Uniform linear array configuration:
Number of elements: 48
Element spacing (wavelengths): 0.75
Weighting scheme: cosine
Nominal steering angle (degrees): -30
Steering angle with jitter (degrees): -31.955
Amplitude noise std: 0.05
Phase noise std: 0.05

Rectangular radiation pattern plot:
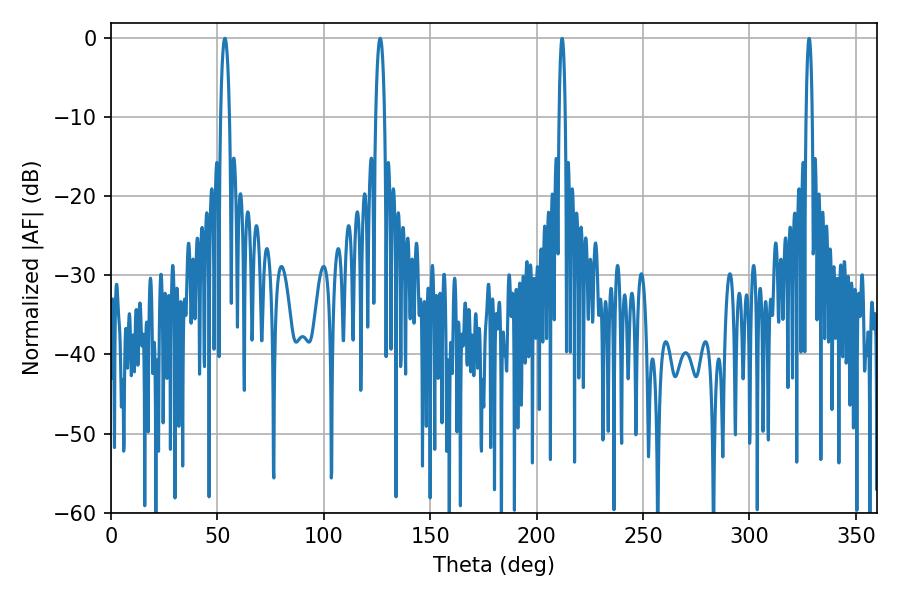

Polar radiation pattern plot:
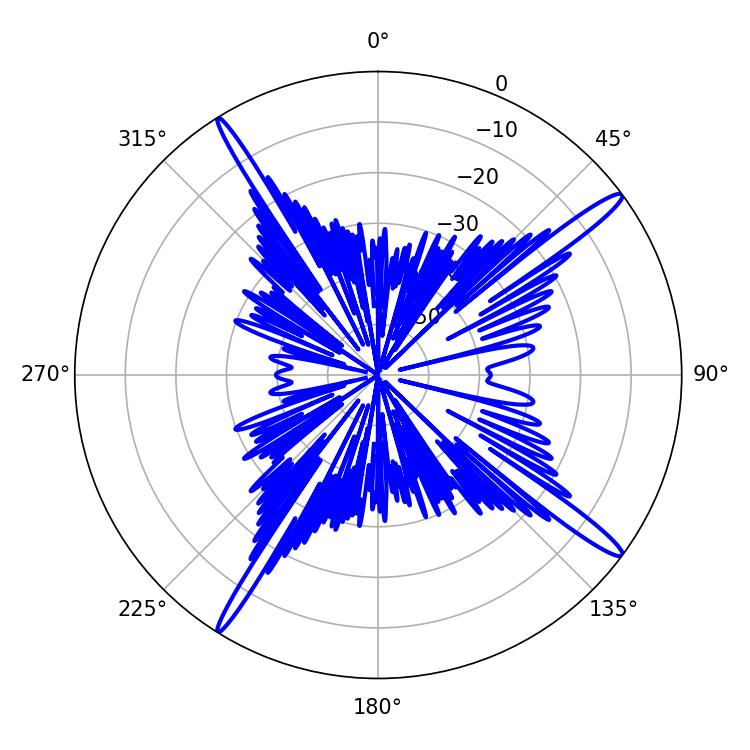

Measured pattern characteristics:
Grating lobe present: TRUE
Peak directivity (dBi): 16.901
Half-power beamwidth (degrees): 2.34
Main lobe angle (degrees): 53.46